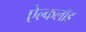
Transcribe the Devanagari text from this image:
ऐल्कलॉड